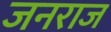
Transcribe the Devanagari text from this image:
जनराज